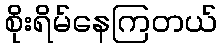
စိုးရိမ်နေကြတယ်